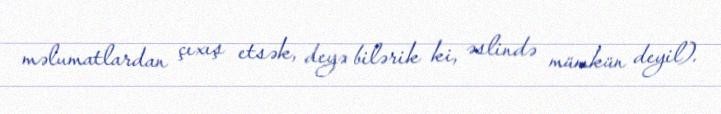
məlumatlardan çıxış etsək, deyə bilərik ki, əslində mümkün deyil).